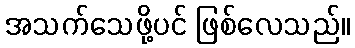
အသက်သေဖို့ပင် ဖြစ်လေသည်။